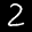
Label: 2